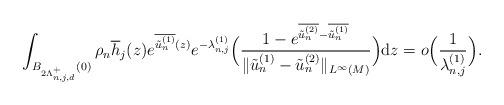
LaTeX: \begin{align*}\begin{aligned}&\int_{B_{2\Lambda_{n,j,d}^{+}}(0)}\rho_n \overline{h}_j(z)e^{\overline{\tilde{u}_n^{(1)}}(z)} e^{-\lambda_{n,j}^{(1)}}\Big(\frac{ 1-e^{\overline{\tilde{u}_n^{(2)}} -\overline{\tilde{u}_n^{(1)}} }}{\|\tilde{u}_n^{(1)}-\tilde{u}_n^{(2)}\|_{L^\infty(M)}} \Big)\mathrm{d} z =o\Big(\frac{1}{\lambda_{n,j}^{(1)}}\Big).\end{aligned}\end{align*}